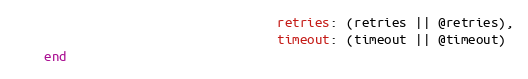
Language: Ruby
                                   retries: (retries || @retries),
                                   timeout: (timeout || @timeout)
    end